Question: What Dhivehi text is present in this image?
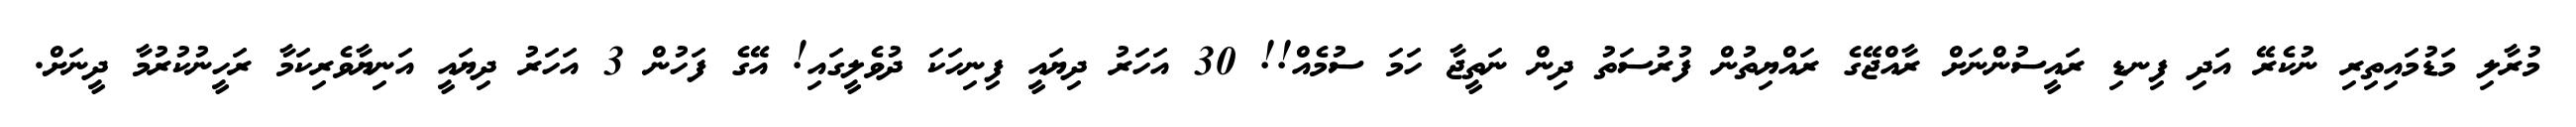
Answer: މުރާލި މަޑުމައިތިރި ނުކެރޭ އަދި ފިނޑި ރައީސުންނަށް ރާއްޖޭގެ ރައްޔިތުން ފުރުސަތު ދިން ނަތީޖާ ހަމަ ސުމެއް!! 30 އަހަރު ދިޔައީ ފިނިހަކަ ދުވެލީގައި! އޭގެ ފަހުން 3 އަހަރު ދިޔައީ އަނިޔާވެރިކަމާ ރަހީނުކުރުމާ ދީނަށް.